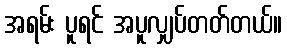
အရမ်း ပူရင် အပူလျှပ်တတ်တယ်။